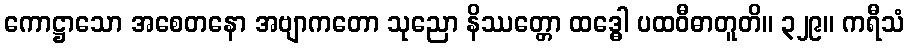
ကောဋ္ဌာသော အစေတနော အဗျာကတော သုညော နိဿတ္တော ထဒ္ဓေါ ပထဝီဓာတူတိ။ ၃၂၉။ ကရီသံ